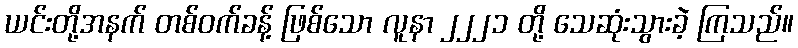
ယင်းတို့အနက် တစ်ဝက်ခန့် ဖြစ်သော လူနာ ၂၂၂၁ တို့ သေဆုံးသွားခဲ့ ကြသည်။